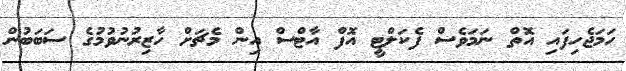
ހަމަޖެހިފައި އޮތް ނަމަވެސް ފެކަލްޓީ އޮފް އާޓްސް އިން މެޗަށް ހާޒިރުނުވުމުގެ ސަބަބުން